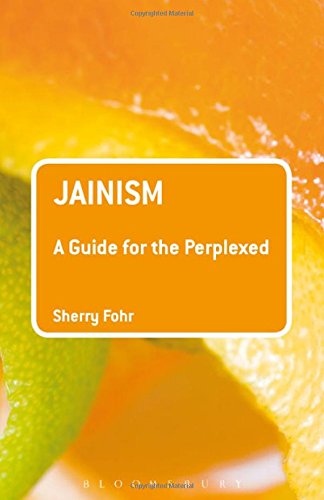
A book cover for Jainism: A Guide for the Perplexed (Guides for the Perplexed); Sherry Fohr; Religion & Spirituality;